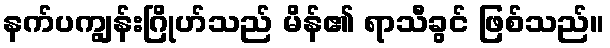
နက်ပကျွန်းဂြိုဟ်သည် မိန်၏ ရာသီခွင် ဖြစ်သည်။